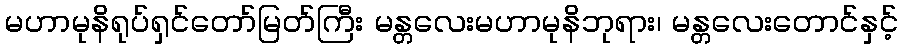
မဟာမုနိရုပ်ရှင်တော်မြတ်ကြီး မန္တလေးမဟာမုနိဘုရား၊ မန္တလေးတောင်နှင့်